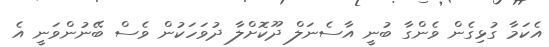
އެކަމާ ގުޅިގެން ވެންގާ ބުނީ އާސެނަލް ދޫކޮށްލާ ދުވަހަކުން ވެސް ބޭނުންވަނީ އެ